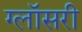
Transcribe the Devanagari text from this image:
ग्लॉसरी